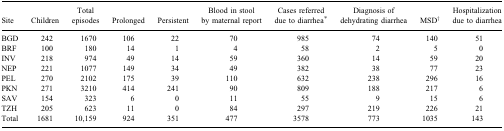
<table><thead><tr><td><b>Site</b></td><td><b>Children</b></td><td><b>Total episodes</b></td><td><b>Prolonged</b></td><td><b>Persistent</b></td><td><b>Blood in stool by maternal report</b></td><td><b>Cases referred due to diarrhea<sup>*</sup></b></td><td><b>Diagnosis of dehydrating diarrhea</b></td><td><b>MSD<sup>†</sup></b></td><td><b>Hospitalization due to diarrhea</b></td></tr></thead><tbody><tr><td>BGD</td><td>242</td><td>1670</td><td>106</td><td>22</td><td>70</td><td>985</td><td>74</td><td>140</td><td>51</td></tr><tr><td>BRF</td><td>100</td><td>180</td><td>14</td><td>1</td><td>4</td><td>58</td><td>2</td><td>5</td><td>0</td></tr><tr><td>INV</td><td>218</td><td>974</td><td>49</td><td>14</td><td>59</td><td>360</td><td>14</td><td>59</td><td>20</td></tr><tr><td>NEP</td><td>221</td><td>1077</td><td>149</td><td>34</td><td>49</td><td>382</td><td>38</td><td>77</td><td>23</td></tr><tr><td>PEL</td><td>270</td><td>2102</td><td>175</td><td>39</td><td>110</td><td>632</td><td>238</td><td>296</td><td>16</td></tr><tr><td>PKN</td><td>271</td><td>3210</td><td>414</td><td>241</td><td>90</td><td>809</td><td>188</td><td>217</td><td>6</td></tr><tr><td>SAV</td><td>154</td><td>323</td><td>6</td><td>0</td><td>11</td><td>55</td><td>9</td><td>15</td><td>6</td></tr><tr><td>TZH</td><td>205</td><td>623</td><td>11</td><td>0</td><td>84</td><td>297</td><td>219</td><td>226</td><td>21</td></tr><tr><td>Total</td><td>1681</td><td>10,159</td><td>924</td><td>351</td><td>477</td><td>3578</td><td>773</td><td>1035</td><td>143</td></tr></tbody></table>